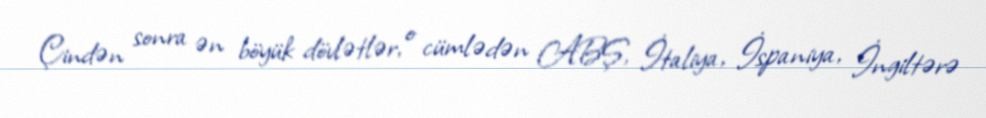
Çindən sonra ən böyük dövlətlər, o cümlədən ABŞ, İtaliya, İspaniya, İngiltərə